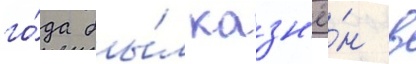
го́да бы́л казн'ё́н в